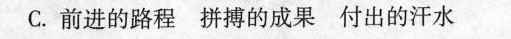
C.前进的路程 拼搏的成果 付出的汗水